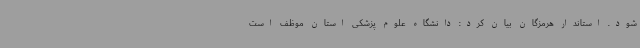
شود. استاندار هرمزگان بیان کرد: دانشگاه علوم پزشکی استان موظف است